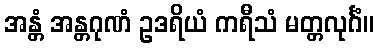
အန္တံ အန္တဂုဏံ ဥဒရိယံ ကရီသံ မတ္တလုင်္ဂံ။